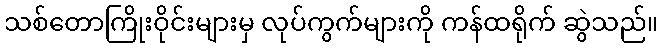
သစ်တောကြိုးဝိုင်းများမှ လုပ်ကွက်များကို ကန်ထရိုက် ဆွဲသည်။